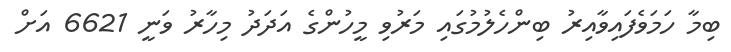
ބިމާ ހަމަވެފައިވާއިރު ބިންހެލުމުގައި މަރުވި މީހުންގެ އަދަދު މިހާރު ވަނީ 6621 އަށް